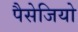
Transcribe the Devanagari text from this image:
पैसेजियो